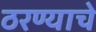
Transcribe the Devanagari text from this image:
ठरण्याचे